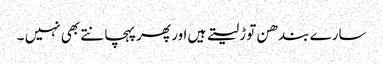
سارے بندھن توڑ لیتے ہیں اور پھر پہچانتے بھی نہیں ۔